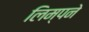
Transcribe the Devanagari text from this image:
लिम्पने